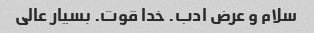
سلام و عرض ادب. خدا قوت. بسیار عالی